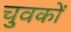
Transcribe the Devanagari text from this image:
चुवकों